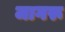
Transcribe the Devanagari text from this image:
जागरू